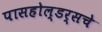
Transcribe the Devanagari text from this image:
पासहोल्डर्सचे